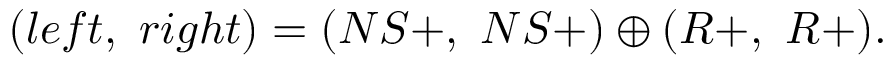
( l e f t , \ r i g h t ) = ( N S + , \ N S + ) \oplus ( R + , \ R + ) .